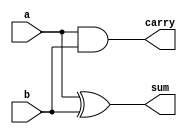
module half_adder(a,b,sum,carry);
    output sum,carry;
    input a,b;
    xor Sum(sum,a,b);
    and Carry(carry,a,b);
endmodule